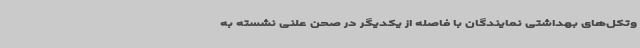
وتکل‌های بهداشتی نمایندگان با فاصله از یکدیگر در صحن علنی نشسته به